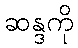
ဆန္ဒကို